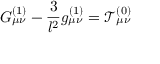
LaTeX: G _ { \mu \nu } ^ { ( 1 ) } - \frac 3 { l ^ { 2 } } g _ { \mu \nu } ^ { ( 1 ) } = \mathcal { T } _ { \mu \nu } ^ { ( 0 ) }